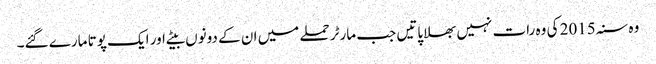
وہ سنہ 2015 کی وہ رات نہیں بھلا پاتیں جب مارٹر حملے میں ان کے دونوں بیٹے اور ایک پوتا مارے گئے۔